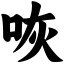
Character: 咴